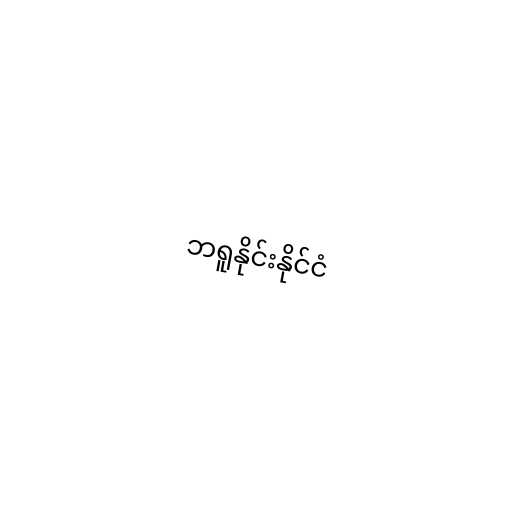
ဘရူနိုင်းနိုင်ငံ